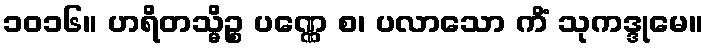
၁၀၁၆။ ဟရိတသ္မိဉ္စ ပဏ္ဏေ စ၊ ပလာသော ကိံ သုကဒ္ဒုမေ။